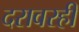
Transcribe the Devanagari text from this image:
दरावरही